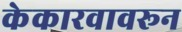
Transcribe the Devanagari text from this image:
केकारवावरून